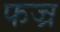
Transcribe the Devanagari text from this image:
फज्र